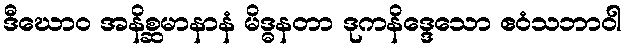
ဒီဃောဝ အနိစ္ဆမာနာနံ မိဒ္ဓနတာ ဒုကနိဒ္ဒေသော ဧဝံသဘာဝါ